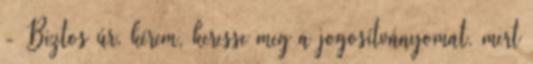
- Biztos úr, kérem, keresse meg a jogosítványomat, mert